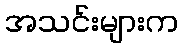
အသင်းများက